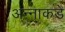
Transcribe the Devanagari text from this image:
अन्नाकडे